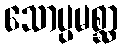
သောပ္ပမစ္ဆာ